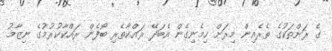
ގެ ރަށްތަކުގެ ތެރެއިން މިރަށް ހިމެނިގެން އެބަދޭ ރައްކާތެރި ބޯފެން ރައްކާކުރުމުގެ ނިޒާމު